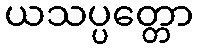
ယသပ္ပတ္တော